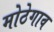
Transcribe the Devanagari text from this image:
मोठेगाव